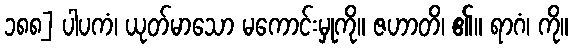
၁၈၈] ပါပကံ၊ ယုတ်မာသော မကောင်းမှုကို။ ဇဟာတိ၊ ၏။ ရာဂံ၊ ကို။